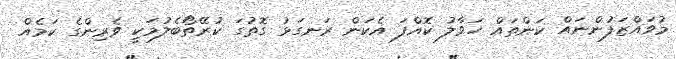
މުވައްޒަފުންނައް ކަންތައް ހަވާލު ކޮއްފަ އެކަން ރަނގަޅު ގޮތުގަ ކުރޭތޯބެލުމަކީ ވެރިންގެ ކަމެއް